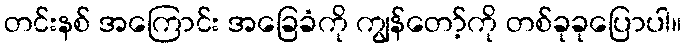
တင်းနစ် အကြောင်း အခြေခံကို ကျွန်တော့်ကို တစ်ခုခုပြောပါ။